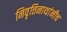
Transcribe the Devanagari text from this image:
निवृत्तिनाथांनीच